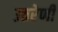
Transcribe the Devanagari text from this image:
उत्तरेणी